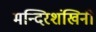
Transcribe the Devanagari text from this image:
मन्दिरशंखिनी